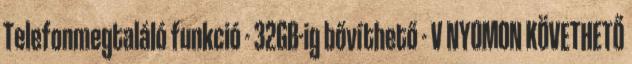
Telefonmegtaláló funkció - 32GB-ig bővíthető - V NYOMON KÖVETHETŐ